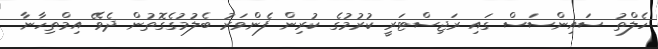
ހެލްތު ސައިންސަސް ގައި ރަޖިސްޓަރީ ކުރުމުގެ ކުރިން ފެންވަރު ބެލުމުގެގޮތުން ދެވޭ އިމްތިހާނާ